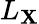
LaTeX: L_{\mathbf{X}}